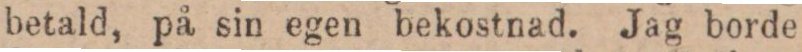
betald, på sin egen bekostnad. Jag borde